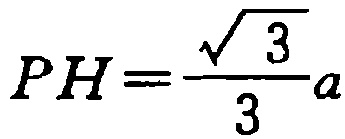
\(PH=\frac{\sqrt{3}}{3}a\)